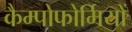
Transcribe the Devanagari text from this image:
कैम्पोफोर्मियों